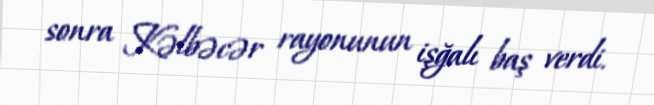
sonra Kəlbəcər rayonunun işğalı baş verdi.